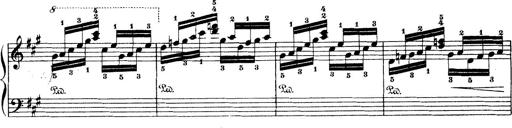
Title: Wagner-Liszt Album
Composer: Franz Liszt